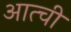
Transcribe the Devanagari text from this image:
आत्ची